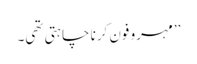
’’مہرو فون کرنا چاہتی تھی۔